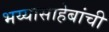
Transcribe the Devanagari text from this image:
भय्यासाहेबांची